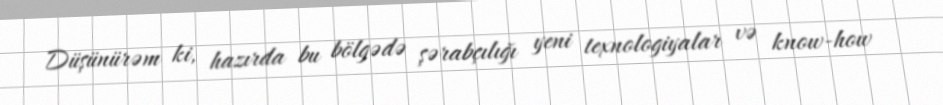
Düşünürəm ki, hazırda bu bölgədə şərabçılığı yeni texnologiyalar və know-how